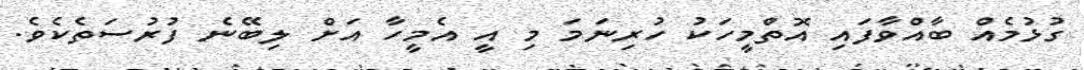
ގުޅުމެއް ބާއްވާފައި އޮތްމީހަކު ހުރިނަމަ މި އީ އެމީހާ އަށް ލިބޭނެ ފުރުސަތެކެވެ.